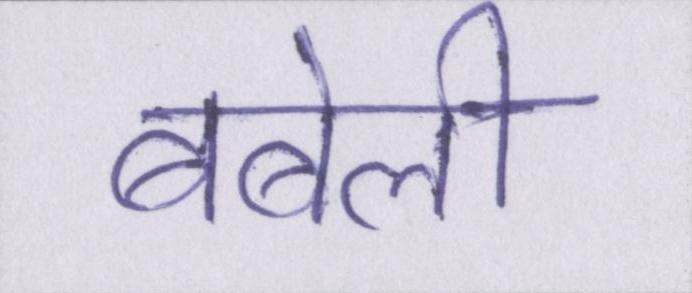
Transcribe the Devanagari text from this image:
बबेली